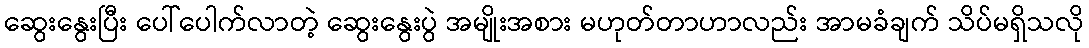
ဆွေးနွေးပြီး ပေါ်ပေါက်လာတဲ့ ဆွေးနွေးပွဲ အမျိုးအစား မဟုတ်တာဟာလည်း အာမခံချက် သိပ်မရှိသလို